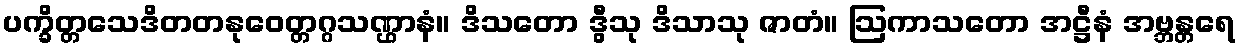
ပက္ခိတ္တသေဒိတတနုဝေတ္တဂ္ဂသဏ္ဌာနံ။ ဒိသတော ဒွီသု ဒိသာသု ဇာတံ။ ဩကာသတော အဋ္ဌီနံ အဗ္ဘန္တရေ